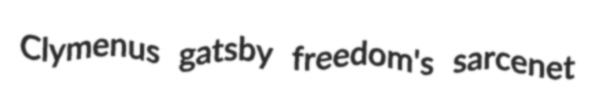
Clymenus gatsby freedom's sarcenet